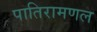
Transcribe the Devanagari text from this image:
पातिरामणल